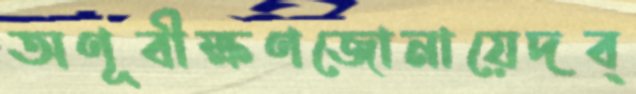
অণূবীক্ষণজোনায়েদব্